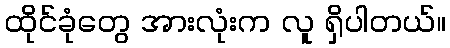
ထိုင်ခုံတွေ အားလုံးက လူ ရှိပါတယ်။